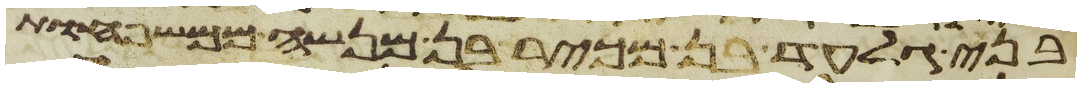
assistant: בני גלעד בן מכיר בן מנשה ממשפחות